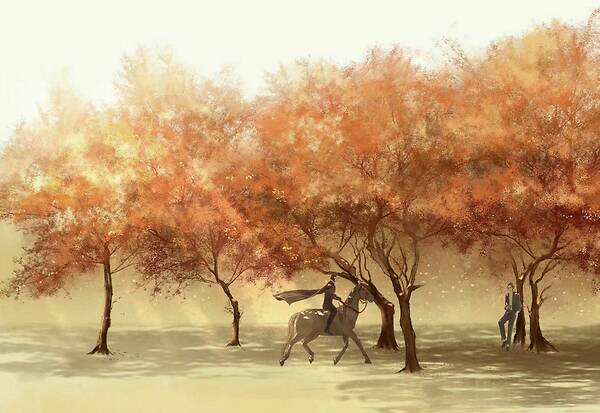
帘控钩，掩上珠楼，风雨替花愁。